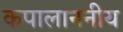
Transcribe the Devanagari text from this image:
कपालाननीय